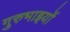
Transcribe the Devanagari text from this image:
गुरुभाइयों